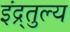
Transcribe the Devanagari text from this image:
इंद्र्तुल्य